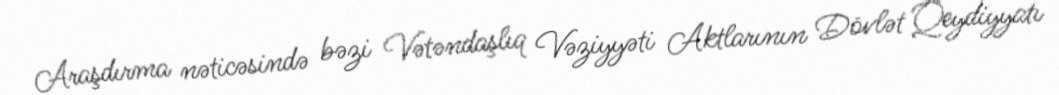
Araşdırma nəticəsində bəzi Vətəndaşlıq Vəziyyəti Aktlarının Dövlət Qeydiyyatı